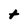
Character: t